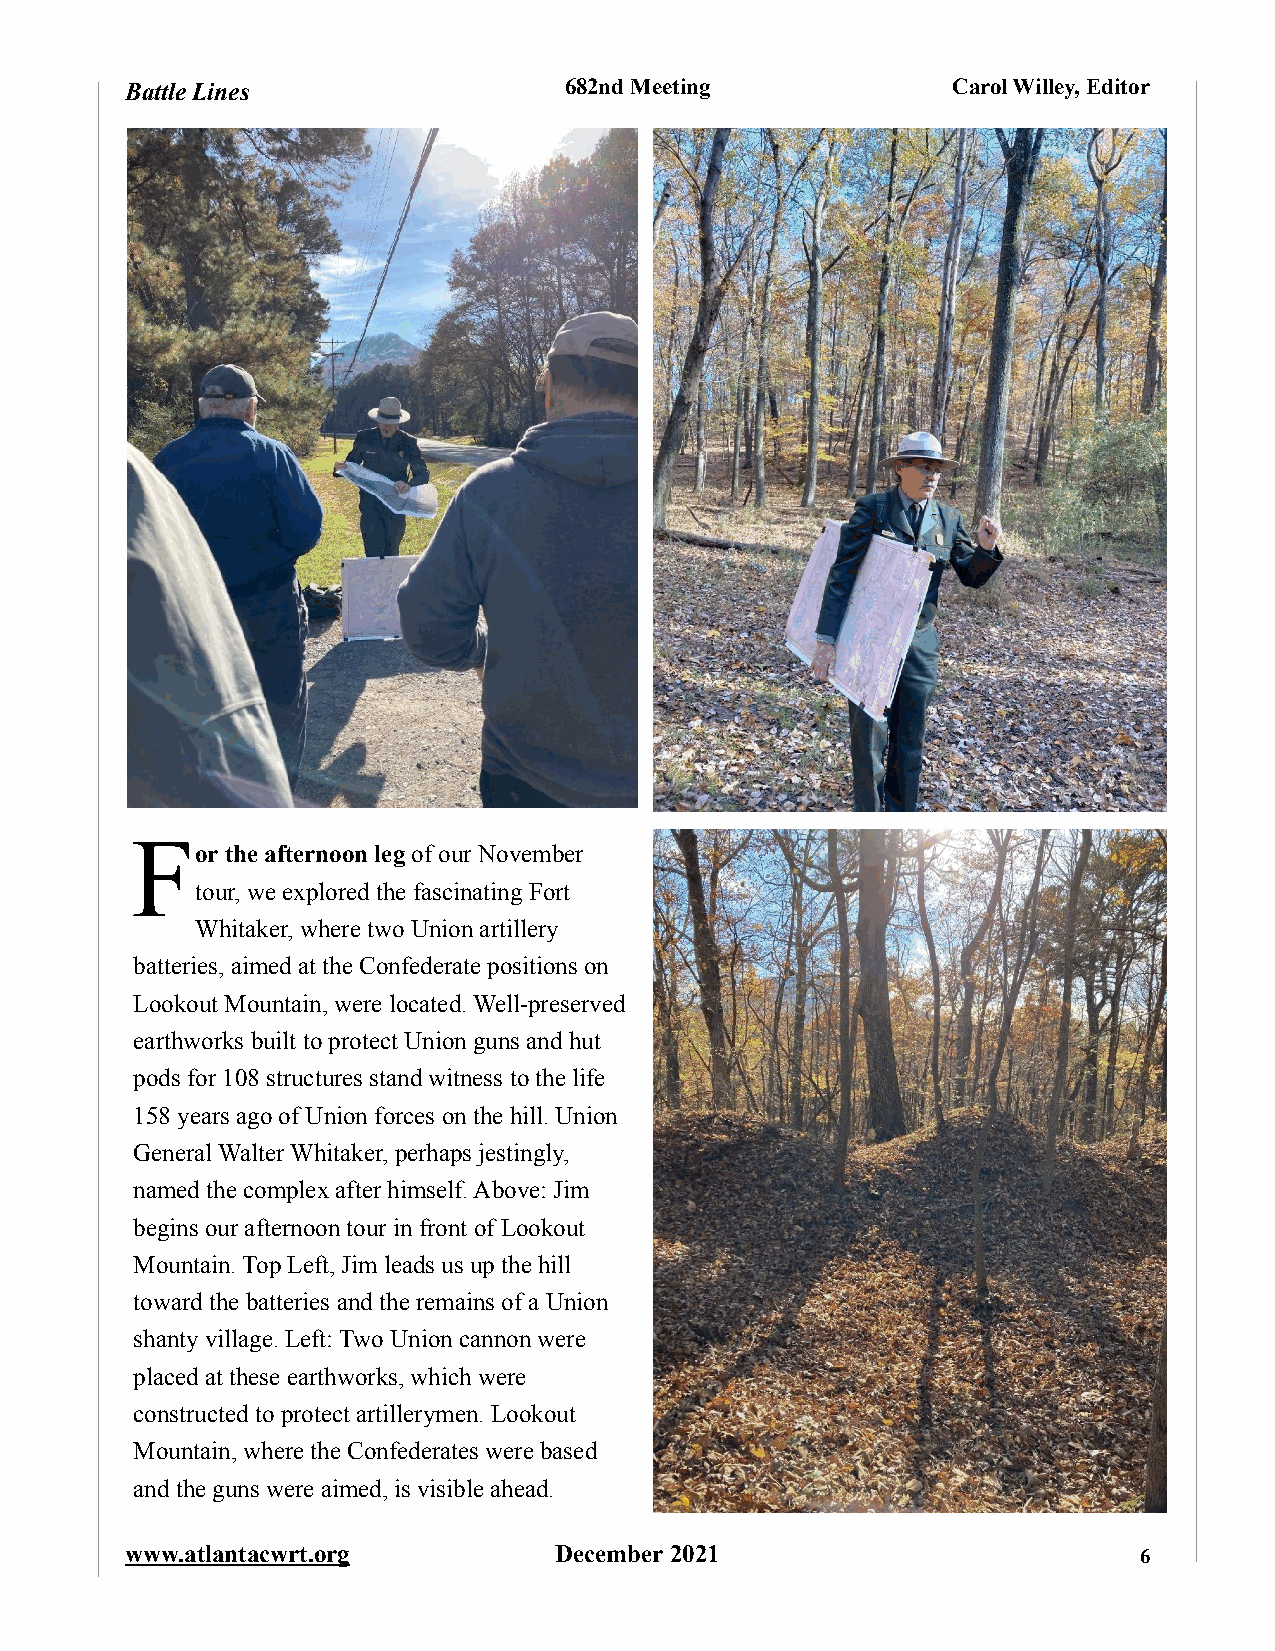
Battle Lines                 682nd Meeting             Carol Willey, Editor
 F
 or the afternoon leg of our November
 tour, we explored the fascinating Fort
 Whitaker, where two Union artillery
 batteries, aimed at the Confederate positions on
 Lookout Mountain, were located. Well-preserved
 earthworks built to protect Union guns and hut
 pods for 108 structures stand witness to the life
 158 years ago of Union forces on the hill. Union
 General Walter Whitaker, perhaps jestingly,
 named the complex after himself. Above: Jim
 begins our afternoon tour in front of Lookout
 Mountain. Top Left, Jim leads us up the hill
 toward the batteries and the remains of a Union
 shanty village. Left: Two Union cannon were
 placed at these earthworks, which were
 constructed to protect artillerymen. Lookout
 Mountain, where the Confederates were based
 and the guns were aimed, is visible ahead.
 www.atlantacwrt.org          December 2021                         6